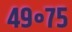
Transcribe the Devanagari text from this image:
४९॰७५